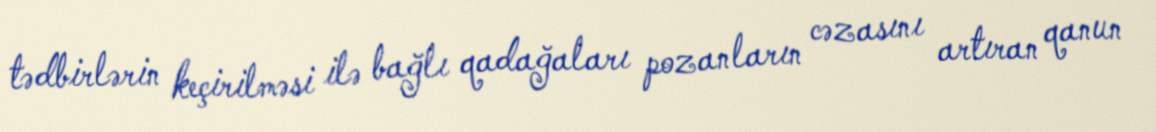
tədbirlərin keçirilməsi ilə bağlı qadağaları pozanların cəzasını artıran qanun